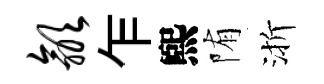
歙乍煕陏渐